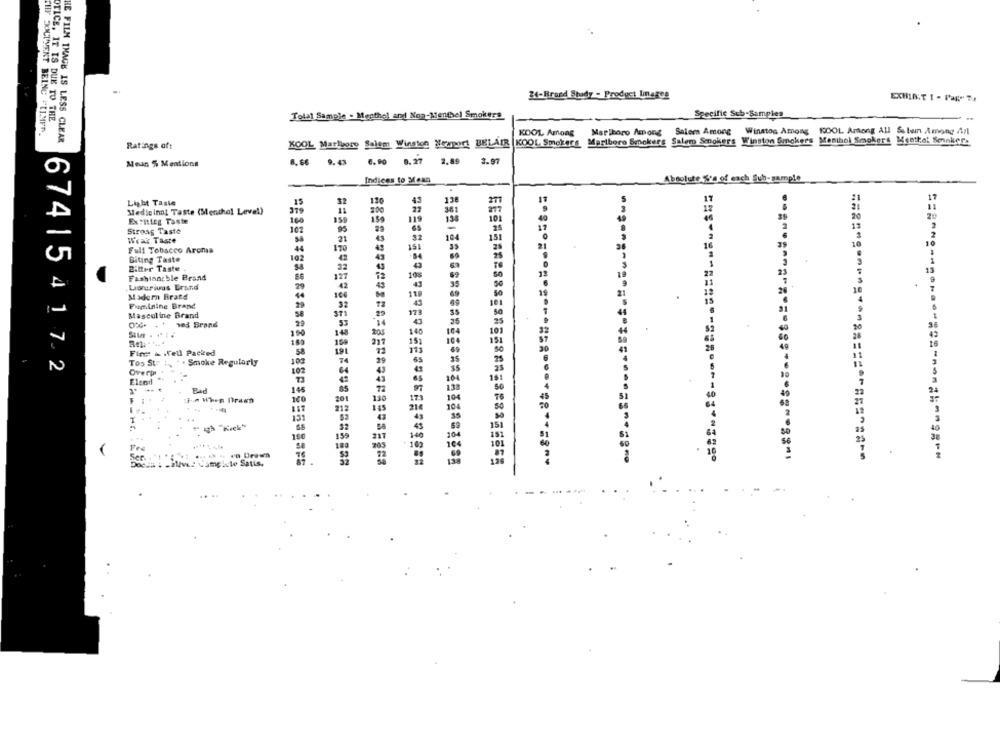
34-Braed Study - Prodest Inages
Specific Sub-Samples
OTICE, IT IS DUE TO THE
Tolal Sample - Megthel and Non-Menthel Smokers
-
CHY SOCHYENT BEING "[LMFA.
KOOL Among Marlboro Among Salem Among Winstog Among KOOL Among All Salen Among Anl
HE FILM THAGE IS LESS CLEAR
KOOL Marlboro Salem Winston Newport BELAIR KOOL, Smokers. Marlbere Smokers Salem Snokers Winston Smokers Menihol Smokers, Menthol Sennkers
Ratings oft
Meus $ Mentions
8.66 9.43
6.90 8.27 2.89
3.97
Indices to Mean
Absolute S'a of each Sub- sample
Light Taste
15
32
130
Medicinal Taste (Menthol Leve!)
379
200
119
Ex:itteg Taste
160
15
Strong Taste
102
95
-
Weak Taste
58
21
32
151
44
25
Full Tobacco Aroma
170
25
Biting Taste
102
Bitter Taste
Fashiancble Brand
127
69
Laorurivas Brand
29
42
Modern Brats
100
Fuminine Brand
101
Masculine Brand
ved Brand
53
100
148
150
Fine & .fell Packed
5
Too St
74
67415417.2
. Smoke Regularly
Overp
102
Elcod
73
Bad
145
201
:Fm When Drawn
304
212
151
32
150
159
104
104
Fre
SE
100
Ser.
=============================
. - Blevet Complete Satis.
138